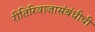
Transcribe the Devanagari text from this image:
रीतिरिवाजासंबंधीची